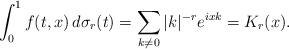
LaTeX: \begin{align*}\int_0^1 f(t,x)\,d\sigma_r(t)=\sum_{k\neq 0}|k|^{-r}e^{ixk}=K_r(x).\end{align*}